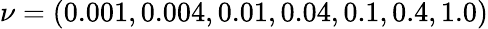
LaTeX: \nu=(0.001,0.004,0.01,0.04,0.1,0.4,1.0)